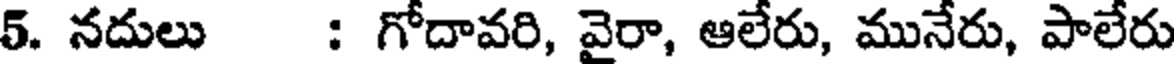
5. నదులు : గోదావరి, వైరా, ఆలేరు, మునేరు, పాలేరు